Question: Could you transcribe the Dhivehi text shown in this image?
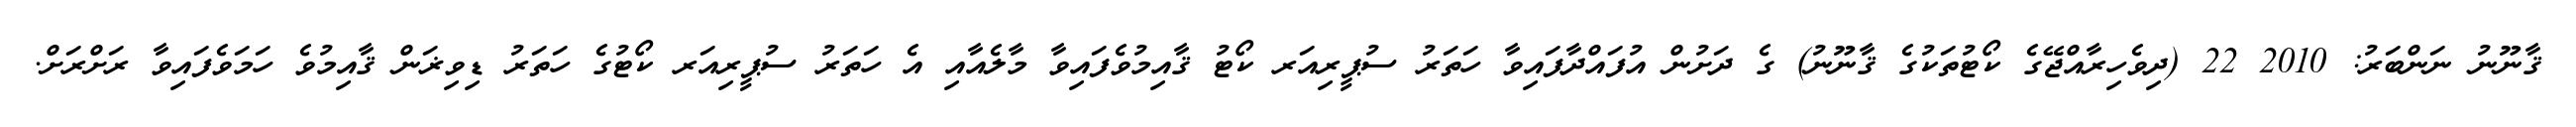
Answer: ޤާނޫނު ނަންބަރު: 2010 22 (ދިވެހިރާއްޖޭގެ ކޯޓުތަކުގެ ޤާނޫނު) ގެ ދަށުން އުފައްދާފައިވާ ހަތަރު ސުޕީރިއަރ ކޯޓު ޤާއިމުވެފައިވާ މާލެއާއި އެ ހަތަރު ސުޕީރިއަރ ކޯޓުގެ ހަތަރު ޑިވިޜަން ޤާއިމުވެ ހަމަވެފައިވާ ރަށްރަށް.